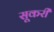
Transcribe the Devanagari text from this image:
सूकरी